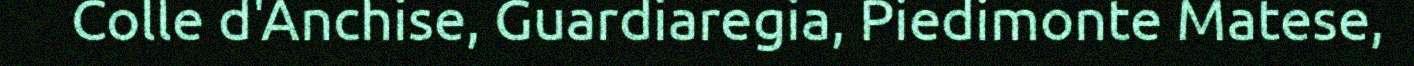
Colle d'Anchise, Guardiaregia, Piedimonte Matese,